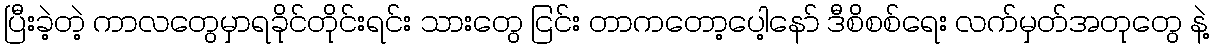
ပြီးခဲ့တဲ့ ကာလတွေမှာရခိုင်တိုင်းရင်း သားတွေ ငြင်း တာကတော့ပေါ့နော် ဒီစိစစ်ရေး လက်မှတ်အတုတွေ နဲ့